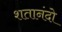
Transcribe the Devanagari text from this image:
शतानंदो